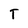
Character: T